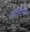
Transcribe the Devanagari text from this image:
फ़्रांसिसी।